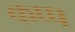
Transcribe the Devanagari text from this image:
कप्प